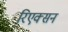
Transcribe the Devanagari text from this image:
रिएक्सन